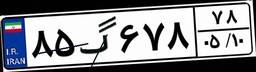
۸۵گ۶۷۸۷۸